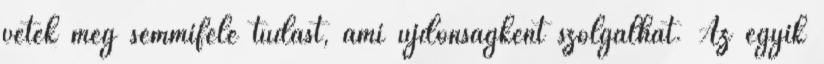
vetek meg semmiféle tudást, ami újdonságként szolgálhat. Az egyik